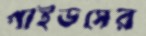
গাইডসের